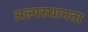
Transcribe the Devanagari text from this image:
अल्पस्थानता